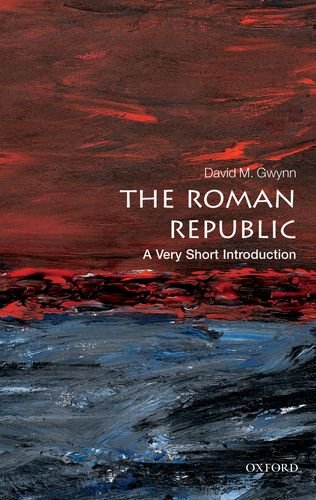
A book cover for The Roman Republic: A Very Short Introduction (Very Short Introductions); David M. Gwynn; History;